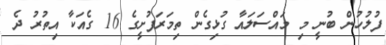
ފުލުހުން ބުނީ މި މައްސަލައާ ގުޅިގެން ތިމަރަފުށީގެ 16 ގެއަކާ އިތުރު ދެ